Some observations on the poison of the banded krait (Bungarus fasciatus) - Number 7
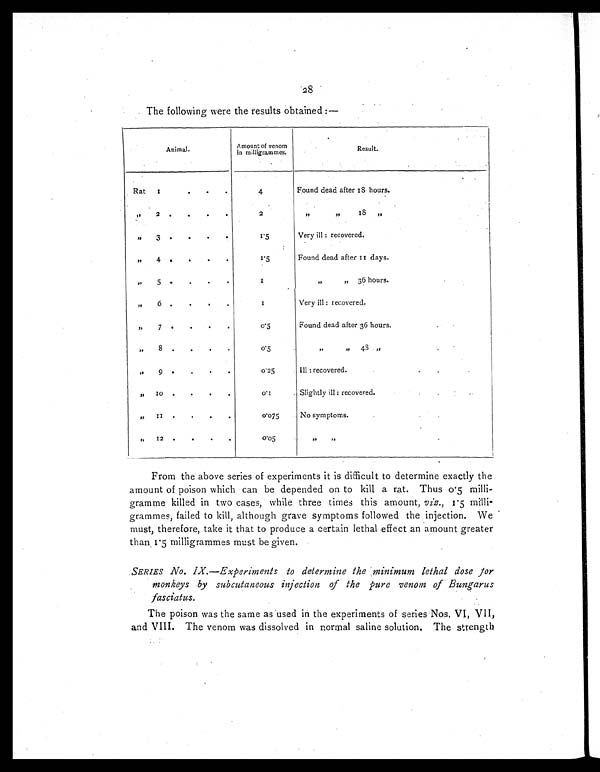
28
The following were the results obtained :—
Animal.
Amount of venom
in milligrammes.
Result.
Rat
1
.
. .
4
Found dead after 18 hours.
”
2
2
”
”
1 8
”
”
3 .
.
.
.
1 . 5
Very ill : recovered.
”
4 .
.
.
.
1 . 5
Found dead after 11 days.
”
5 .
.
.
.
1
”
” 36 hours.
”
6 .
.
.
.
1
Very ill : recovered.
”
7 .
.
.
.
0 . 5
Found dead after 36 hours.
”
8 .
.
.
.
0 . 5 ”
”
48
”
”
9 .
.
.
.
0 . 2 5
III : recovered.
”
1 0 .
.
.
.
0 . 1
Slightly ill : recovered.
”
1 1 .
.
.
.
0 . 0 7 5
No symptoms.
” 12 .
.
.
.
0 . 0 5 ”
”
From the above series of experiments it is difficult to determine exactly the
amount of poison which can be depended on to kill a rat. Thus 0.5 milli-
gramme killed in two cases, while three times this amount, viz., 1.5 milli-
grammes, failed to kill, although grave symptoms followed the injection. We
must, therefore, take it that to produce a certain lethal effect an amount greater
than 1.5 milligrammes must be given.
SERIES No. IX.—Experiments to determine the minimum lethal dose for
monkeys by subcutaneous injection of the pure venom of Bungarus
fasciatus.
The poison was the same as used in the experiments of series Nos. VI, VII,
and VIII. The venom was dissolved in normal saline solution. The strength